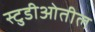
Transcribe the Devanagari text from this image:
स्टुडीओतील